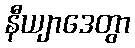
နီယျာဒေတွာ